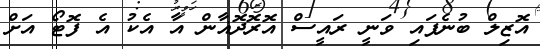
އޮޒިލް ބުނެފައި ވަނީ ރައީސް އޮރޮދޮޣާން އާ އެކު އެ ފޮޓޯ އަށް